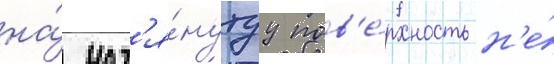
на́ нат'я́нутуу пов'е́рхность н'е́